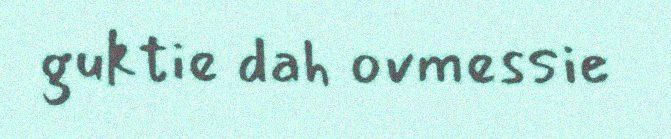
guktie dah ovmessie